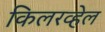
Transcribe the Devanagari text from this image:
किलरव्हेल